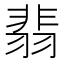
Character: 翡